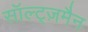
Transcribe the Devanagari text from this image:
सॉल्ट्ज़मैन